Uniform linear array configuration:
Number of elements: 64
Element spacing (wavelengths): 0.5
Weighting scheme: kaiser
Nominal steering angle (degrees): -30
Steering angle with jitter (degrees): -29.816
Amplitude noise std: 0.05
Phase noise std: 0.05

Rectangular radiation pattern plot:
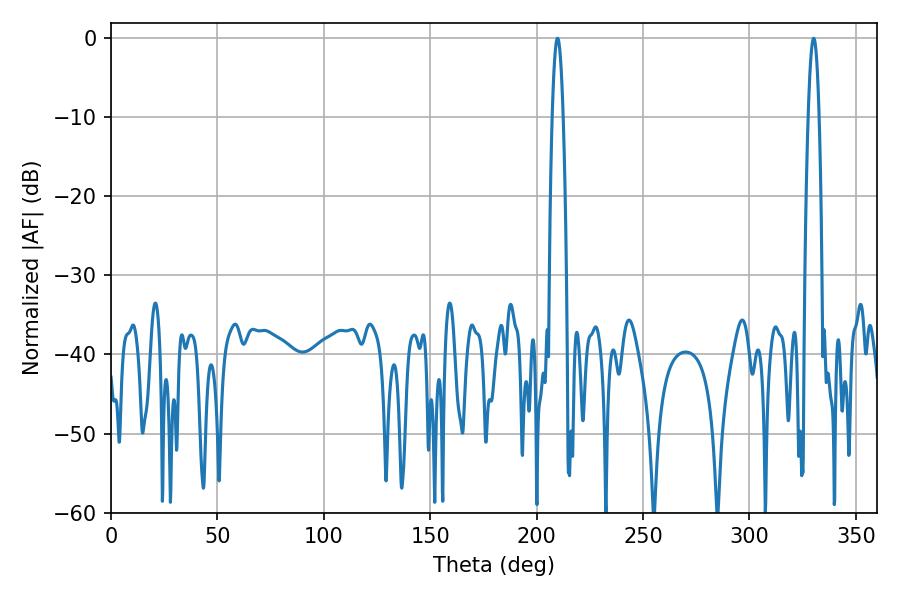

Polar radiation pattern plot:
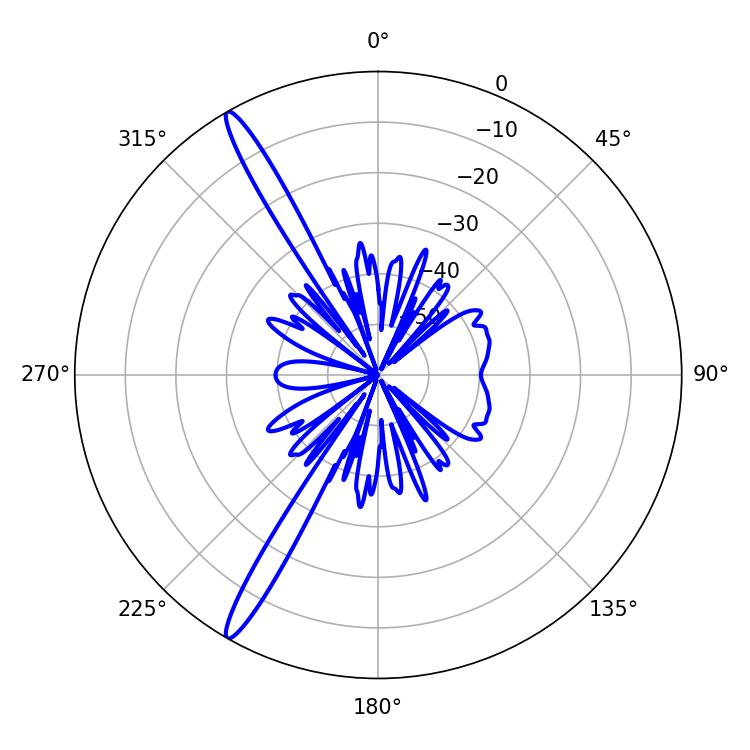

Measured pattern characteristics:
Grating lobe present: FALSE
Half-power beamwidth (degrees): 2.7
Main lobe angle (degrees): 330.12